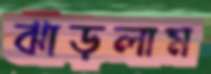
ঝাড়লাম